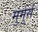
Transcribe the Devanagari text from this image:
मुर्मुर्स